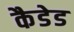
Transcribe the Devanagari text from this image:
कैडेड